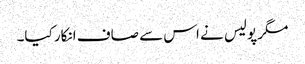
مگر پولیس نے اس سے صاف انکار کیا۔